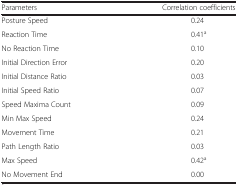
<table><thead><tr><td><b>Parameters</b></td><td><b>Correlation coefficients</b></td></tr></thead><tbody><tr><td>Posture Speed</td><td>0.24</td></tr><tr><td>Reaction Time</td><td>0.41<sup>a</sup></td></tr><tr><td>No Reaction Time</td><td>0.10</td></tr><tr><td>Initial Direction Error</td><td>0.20</td></tr><tr><td>Initial Distance Ratio</td><td>0.03</td></tr><tr><td>Initial Speed Ratio</td><td>0.07</td></tr><tr><td>Speed Maxima Count</td><td>0.09</td></tr><tr><td>Min Max Speed</td><td>0.24</td></tr><tr><td>Movement Time</td><td>0.21</td></tr><tr><td>Path Length Ratio</td><td>0.03</td></tr><tr><td>Max Speed</td><td>0.42<sup>a</sup></td></tr><tr><td>No Movement End</td><td>0.00</td></tr></tbody></table>